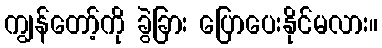
ကျွန်တော့်ကို ခွဲခြား ပြောပေးနိုင်မလား။